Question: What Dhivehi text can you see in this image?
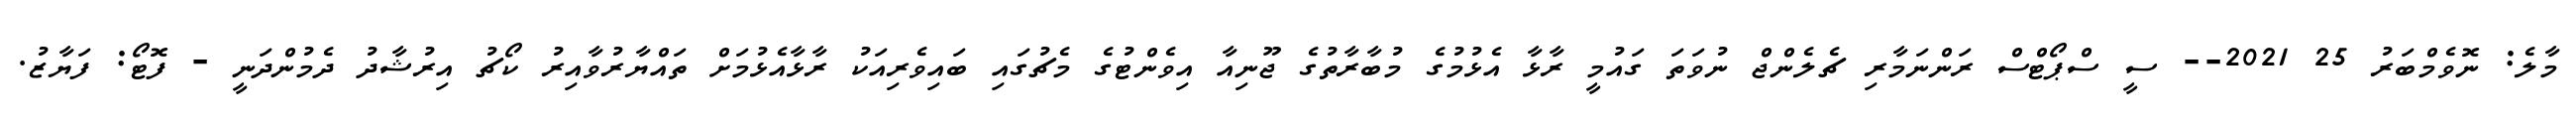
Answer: މާލެ: ނޮވެމްބަރު 25 2021-- ސީ ސްޕޯޓްސް ރަންނަމާރި ޗެލެންޖް ނުވަތަ ގައުމީ ރާޅާ އެޅުމުގެ މުބާރާތުގެ ޖޫނިއާ އިވެންޓުގެ މެޗުގައި ބައިވެރިއަކު ރާޅާއެޅުމަށް ތައްޔާރުވާއިރު ކޯޗު އިރުޝާދު ދެމުންދަނީ - ފޮޓޯ: ފަޔާޒު.